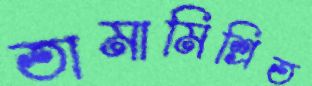
তামামিশ্রিত